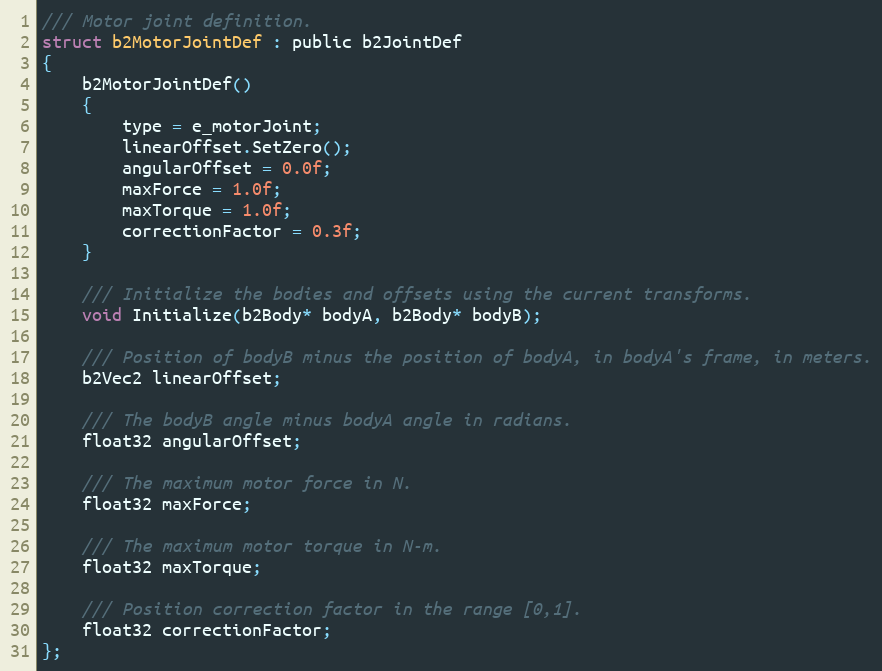
Language: C
/// Motor joint definition.
struct b2MotorJointDef : public b2JointDef
{
	b2MotorJointDef()
	{
		type = e_motorJoint;
		linearOffset.SetZero();
		angularOffset = 0.0f;
		maxForce = 1.0f;
		maxTorque = 1.0f;
		correctionFactor = 0.3f;
	}

	/// Initialize the bodies and offsets using the current transforms.
	void Initialize(b2Body* bodyA, b2Body* bodyB);

	/// Position of bodyB minus the position of bodyA, in bodyA's frame, in meters.
	b2Vec2 linearOffset;

	/// The bodyB angle minus bodyA angle in radians.
	float32 angularOffset;

	/// The maximum motor force in N.
	float32 maxForce;

	/// The maximum motor torque in N-m.
	float32 maxTorque;

	/// Position correction factor in the range [0,1].
	float32 correctionFactor;
};